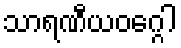
သာရဏီယဝဂ္ဂေါ